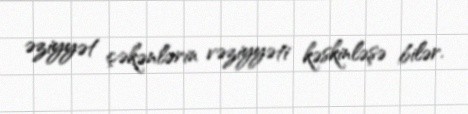
əziyyət çəkənlərin vəziyyəti kəskinləşə bilər.